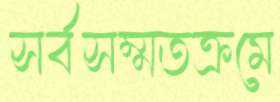
সর্বসম্মতক্রমে